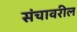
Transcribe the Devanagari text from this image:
संचावरील